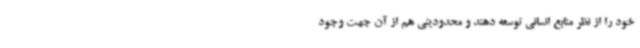
خود را از نظر منابع انسانی توسعه دهند و محدودیتی هم از آن جهت وجود